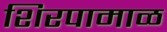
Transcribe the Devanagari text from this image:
शिरपामाळ